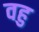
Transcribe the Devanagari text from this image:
वहु